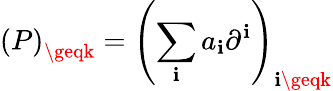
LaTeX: \left(P\right)_{\geqk}=\left(\sum_{\mathbf{i}}a_{\mathbf{i}}\partial^{\mathbf{i}}\right)_{\mathbf{i}\geqk}